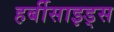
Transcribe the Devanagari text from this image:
हर्बीसाइड्स